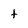
Character: t